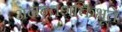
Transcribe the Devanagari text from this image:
अनन्तशक्तिभूते